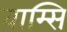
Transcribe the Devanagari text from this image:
वाम्सि